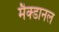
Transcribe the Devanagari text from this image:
मैक्डानल